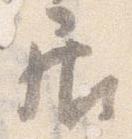
居